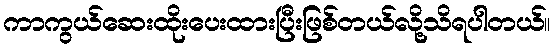
ကာကွယ်ဆေးထိုးပေးထားပြီးဖြစ်တယ်လို့သိရပါတယ်။